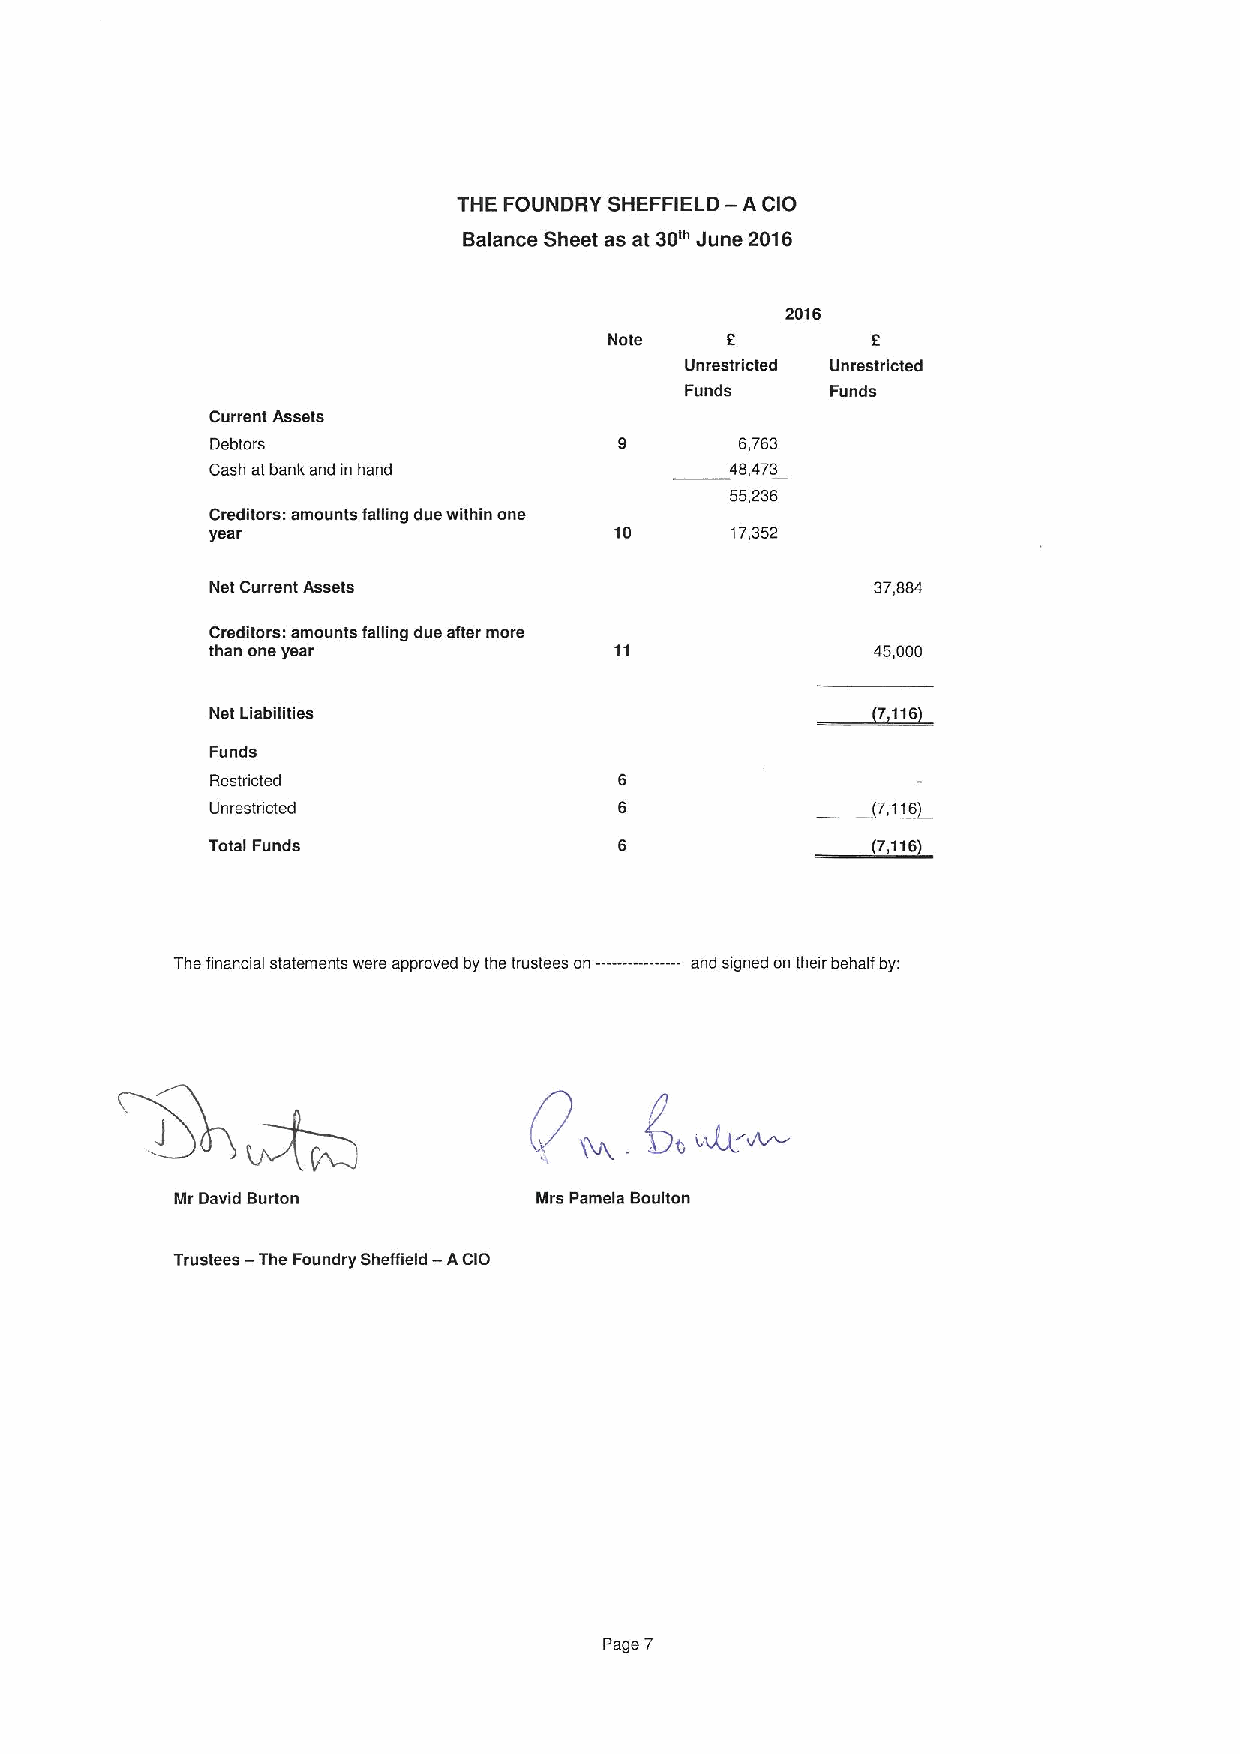
THE FOUNDRY SHEFFIELD — A CIO
 Balance Sheet as at 30m June 2016
 2016
 Note    2         6
 Unrestricted Unrestricted
 Funds     Funds
 Current Assets
 Debtors                            6,763
 Cash at bank and in hand          48,473
 55,236
 Creditors: amounts falling due within one
 year                       10     17,352
 Net Current Assets                          37,884
 Creditors: amounts falling due after more
 than one year                               45,000
 Net Liabilities                             7,116
 Funds
 Restricted
 Unrestncted                                 7,116
 Total Funds                                 (7,116
 --------
 The financial statements were approved by the trustees on and signed on their behalf by:
 Mr David Burton         Mrs Pamela Boulton
 Trustees —The Foundry Sheffield — ACIO
 Page 7